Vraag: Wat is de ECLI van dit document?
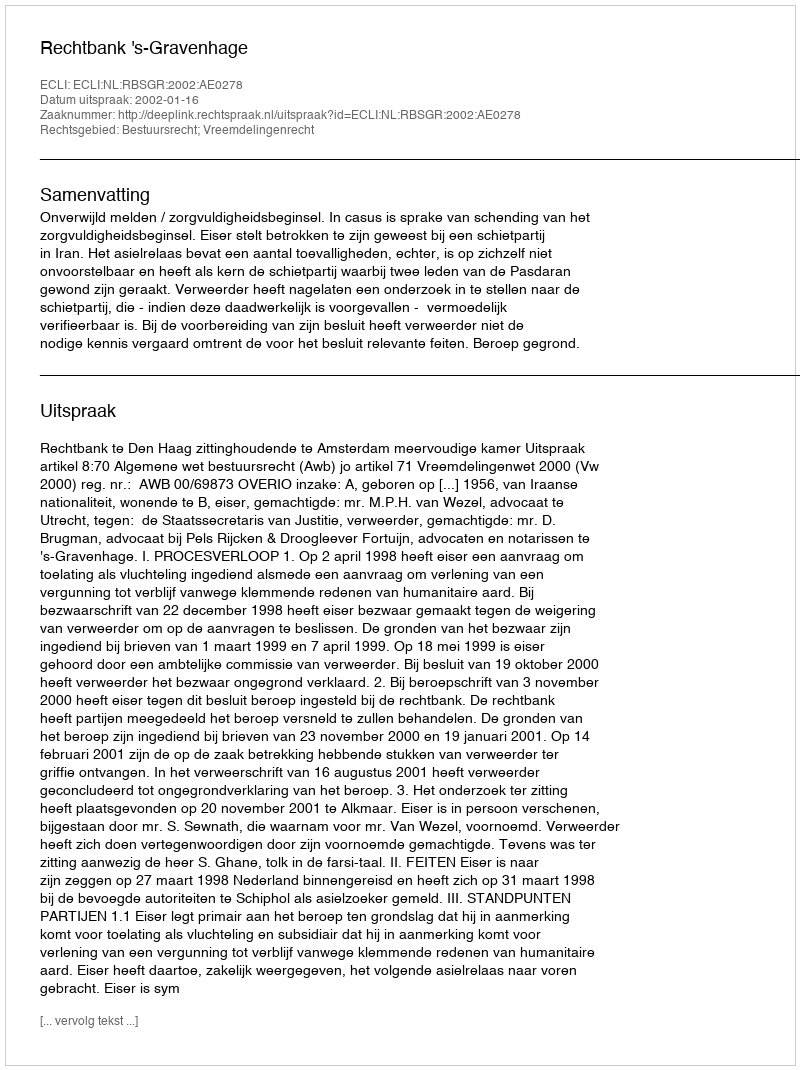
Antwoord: ECLI:NL:RBSGR:2002:AE0278